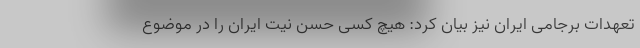
تعهدات برجامی ایران نیز بیان کرد: هیچ کسی حسن نیت ایران را در موضوع